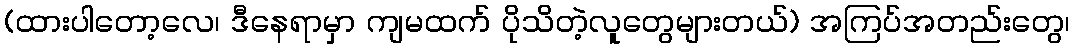
(ထားပါတော့လေ၊ ဒီနေရာမှာ ကျမထက် ပိုသိတဲ့လူတွေများတယ်) အကြပ်အတည်းတွေ၊